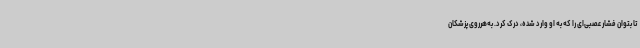
تا بتوان فشار عصبی‌ای را که به او وارد شده، درک کرد. به‌هرروی پزشکان